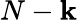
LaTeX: N-\mathbf{k}